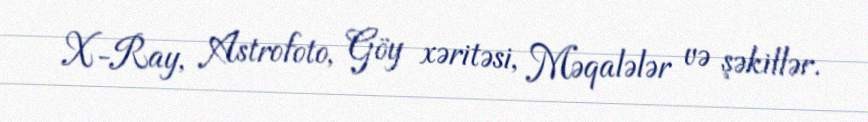
X-Ray, Astrofoto, Göy xəritəsi, Məqalələr və şəkillər.